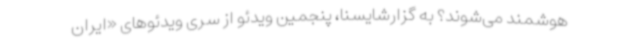
هوشمند می‌شوند؟ به گزارشایسنا، پنجمین ویدئو از سری ویدئوهای «ایران